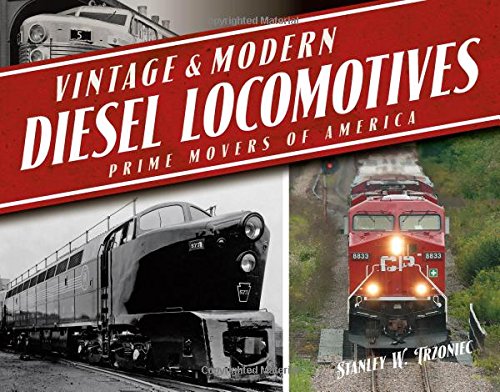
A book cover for Vintage & Modern Diesel Locomotives: Prime Movers of America; Stanley W. Trzoniec; Arts & Photography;